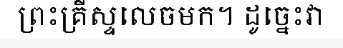
ព្រះគ្រីស្ទលេចមក។ ដូច្នេះវា